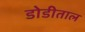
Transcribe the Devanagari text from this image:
डोडीताल